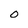
Character: 0